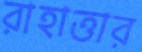
রাহাত্তার